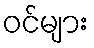
ဝင်များ